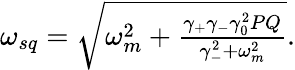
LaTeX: \begin{array}{r}{\omega_{sq}=\sqrt{\omega_{m}^{2}+\frac{\gamma_{+}\gamma_{-}\gamma_{0}^{2}PQ}{\gamma_{-}^{2}+\omega_{m}^{2}}}.}\end{array}